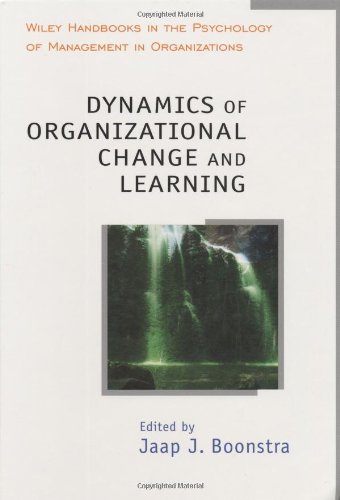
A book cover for Dynamics of Organizational Change and Learning; Health, Fitness & Dieting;